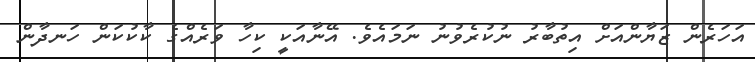
އަހަރެން ޒަޔާންއަށް އިތުބާރު ނުކުރެވުނު ނަމައެވެ. އޭނާއަކީ ކިހާ ވަރެއްގެ ކާކުކަން ހަނދާން